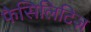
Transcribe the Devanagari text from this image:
फैसिलिटिज़